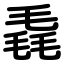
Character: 毳